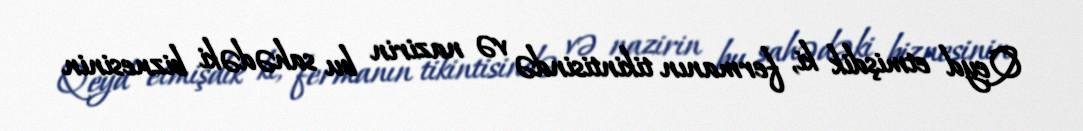
Qeyd etmişdik ki, fermanın tikintisində və nazirin bu sahədəki biznesinin